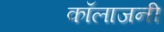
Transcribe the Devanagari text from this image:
कॉलाजनी